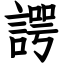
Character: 諤